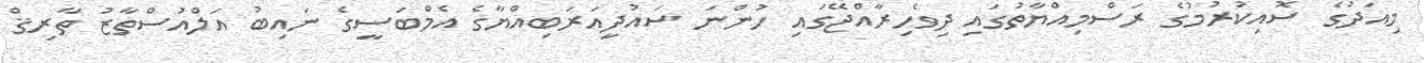
މިއަދުގެ ސޮއިކުރުމުގެ ރަސްމިއްޔާތުގައި ދިވެހިރާއްޖޭގައި ހުންނަ ސައުދީއަރަބިއްޔާގެ އެމްބަސީގެ ނައިބު އަލްއުސްތާޒު ތާރިޤް